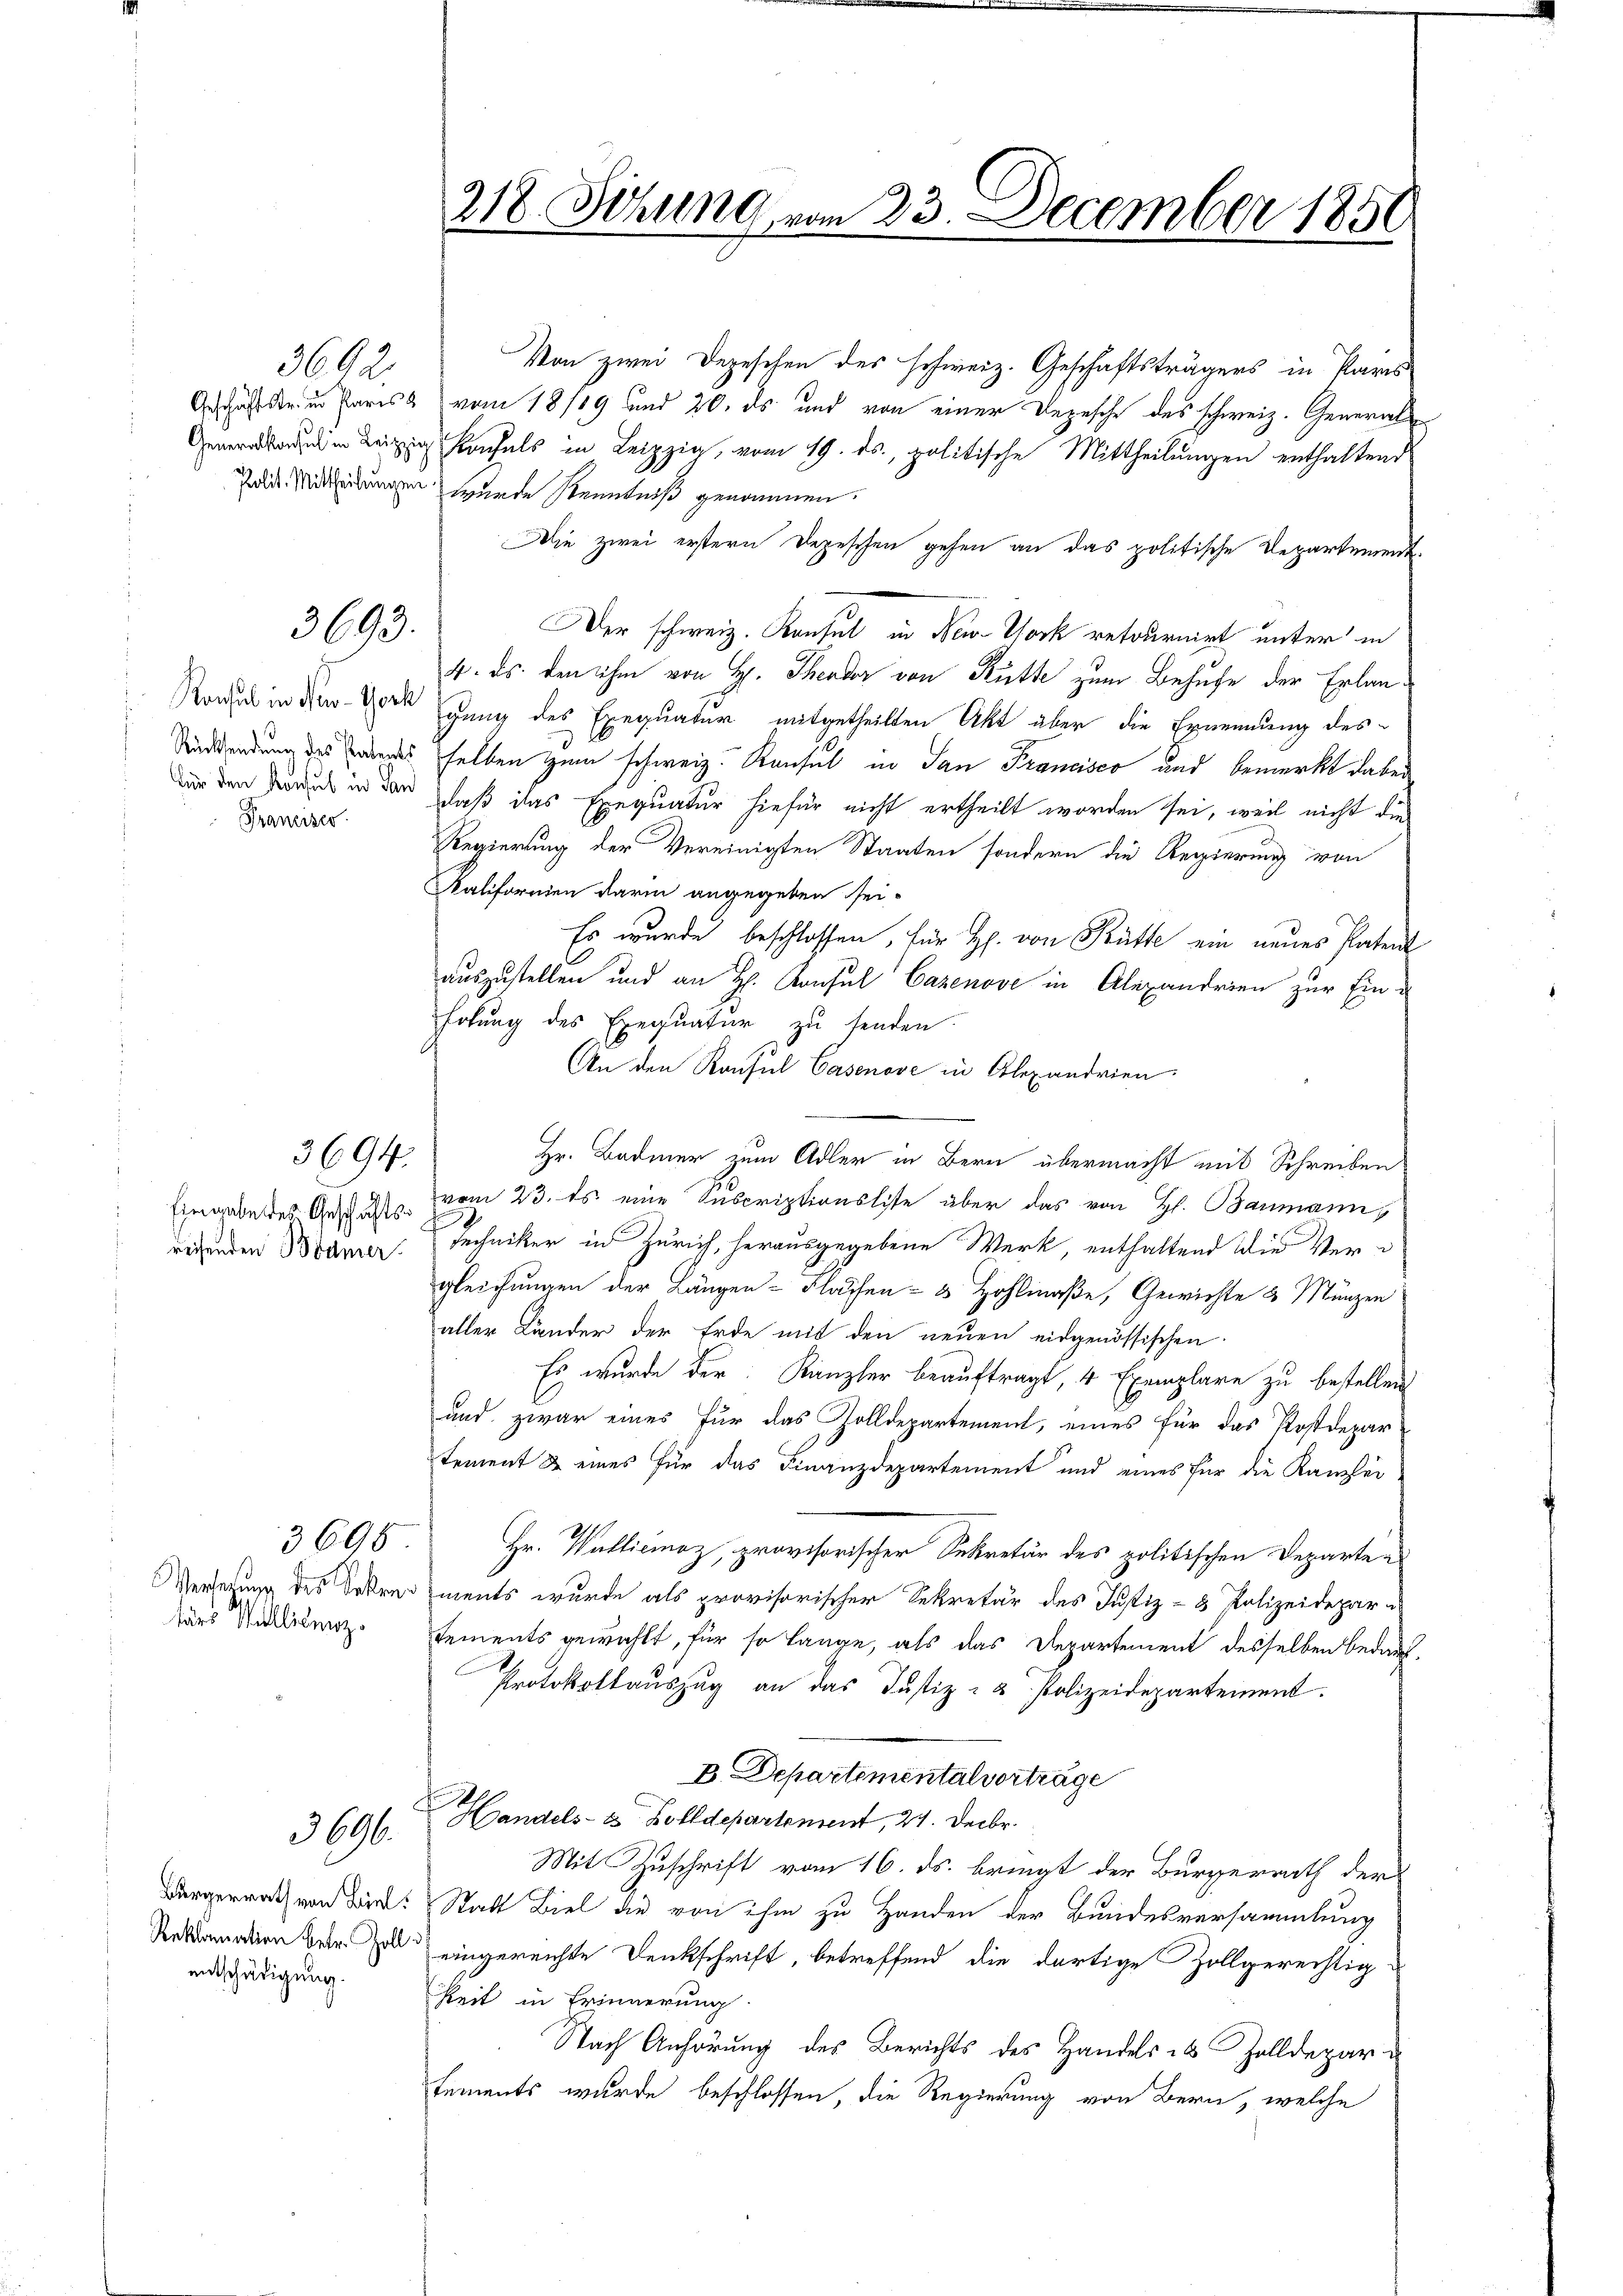
3692.

3693.

Konsul in New-York
Franziser

3694.

recsenden Bodmer

tärs Wallitenz.

3695

3696.

entschädigung.

Von zwei Depeschen des schweiz. Geschäftsträgers in Paris
Grähten Paris vom 18/19 und 20. ds und von einer Depesche des schweiz. General¬
 Khals in Leipzig, vom 19. ds., politische Mittheilŭngen enthaltend
Pois. Mittheilungen wurde Kenntniß genommen.
Die zwei erstern Depeschen gehen an das politische Departement¬
Der schweiz. Konsul in New-York retournirt unter in
4. ds. den ihm von H. Theodor von Rütte zum Behufe der Erlangung des Exequatur mitgetheilten Akt über die Ernennung des
Sindendung des andes selben zum schweiz. Konsul in San Francisco und bemerkt dabei
nur den Druck in den laß das Exequatur hiefür nicht ertheilt worden sei, weil nicht die
Regierung der Vereinigten Staaten sondern die Regierung von
Kalifornien darin angegeben sei.
Es wurde beschlossen, für H. von Kütte ein neues Patent
auszustellen und an H. Konsul Cazenove in Alexandrien zur Ein-
hohung des Exequatur zu senden.
An den Konsul Casenove in Alexandrien
Hr. Badmer zum Adler in Bern übermacht mit Schreiben
Eingabe des Geschäfts vom 23. Es eine Suscriptionslise über das von H. Baumann,
Rechniker in Zürich, herausgegebene Werk, enthaltend die Vergleichungen der Längen- Flächen- & Hohliaße, Gewichte & Münzen
aller Länder der Erde mit den neuen eidgenössischen
Es wurde der Kanzler beauftragt, 4 Exemplare zu bestellen
und zwar eines für das Zolldepartement, eines für das Postdepar-
tement & eines für das Finanzdepartement und eines für die Kanzlei-
Hr. Walliciaz, provisorischer Sekretär des politischen Departen
Verlegung des Sekrediments wurde als provisorischer Sekretär des Justiz- & Polizeidepar-
sements gewählt, für so lange, als das Departement desselben bedauf-
Protokollauszug an das Justiz- & Polizeidepartement.
B. Departementalvorträge
Handels- & Zolldepartement, 21. Decbr.
Mit Zuschrift vom 16. ds. bringt der Bürgerrath der
Bürgerrath von wir: Statt Biel die von ihm zu Handen der Bundesversammlung
   eingereichte Denkschrift, betreffend die dortige Zollgerechtig-
keit in Erinnerung
Nach Anhörung des Berichts des Handels in Zolldepar
tements wurde beschlossen, die Regierung von Bern, welche

218. Sizung vom 23. December 1850.